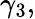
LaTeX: \gamma_{3},